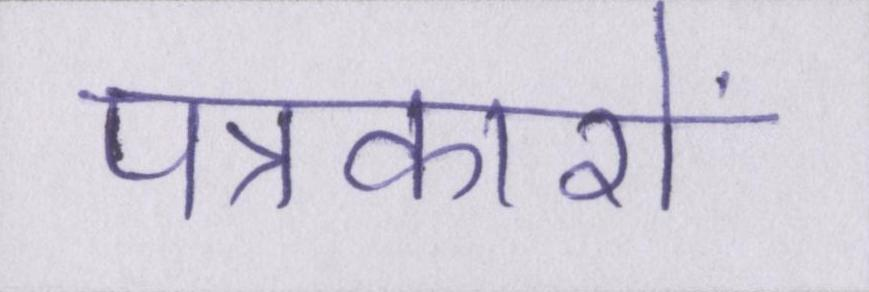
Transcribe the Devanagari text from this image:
पत्रकारों